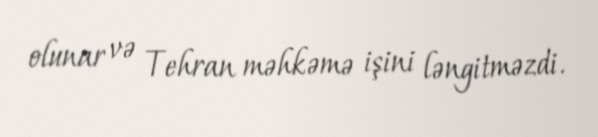
olunar və Tehran məhkəmə işini ləngitməzdi.